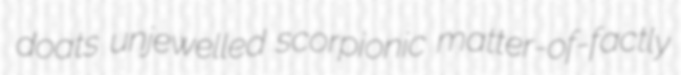
doats unjewelled scorpionic matter-of-factly